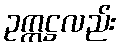
ဥက္ကဋ္ဌလည်း